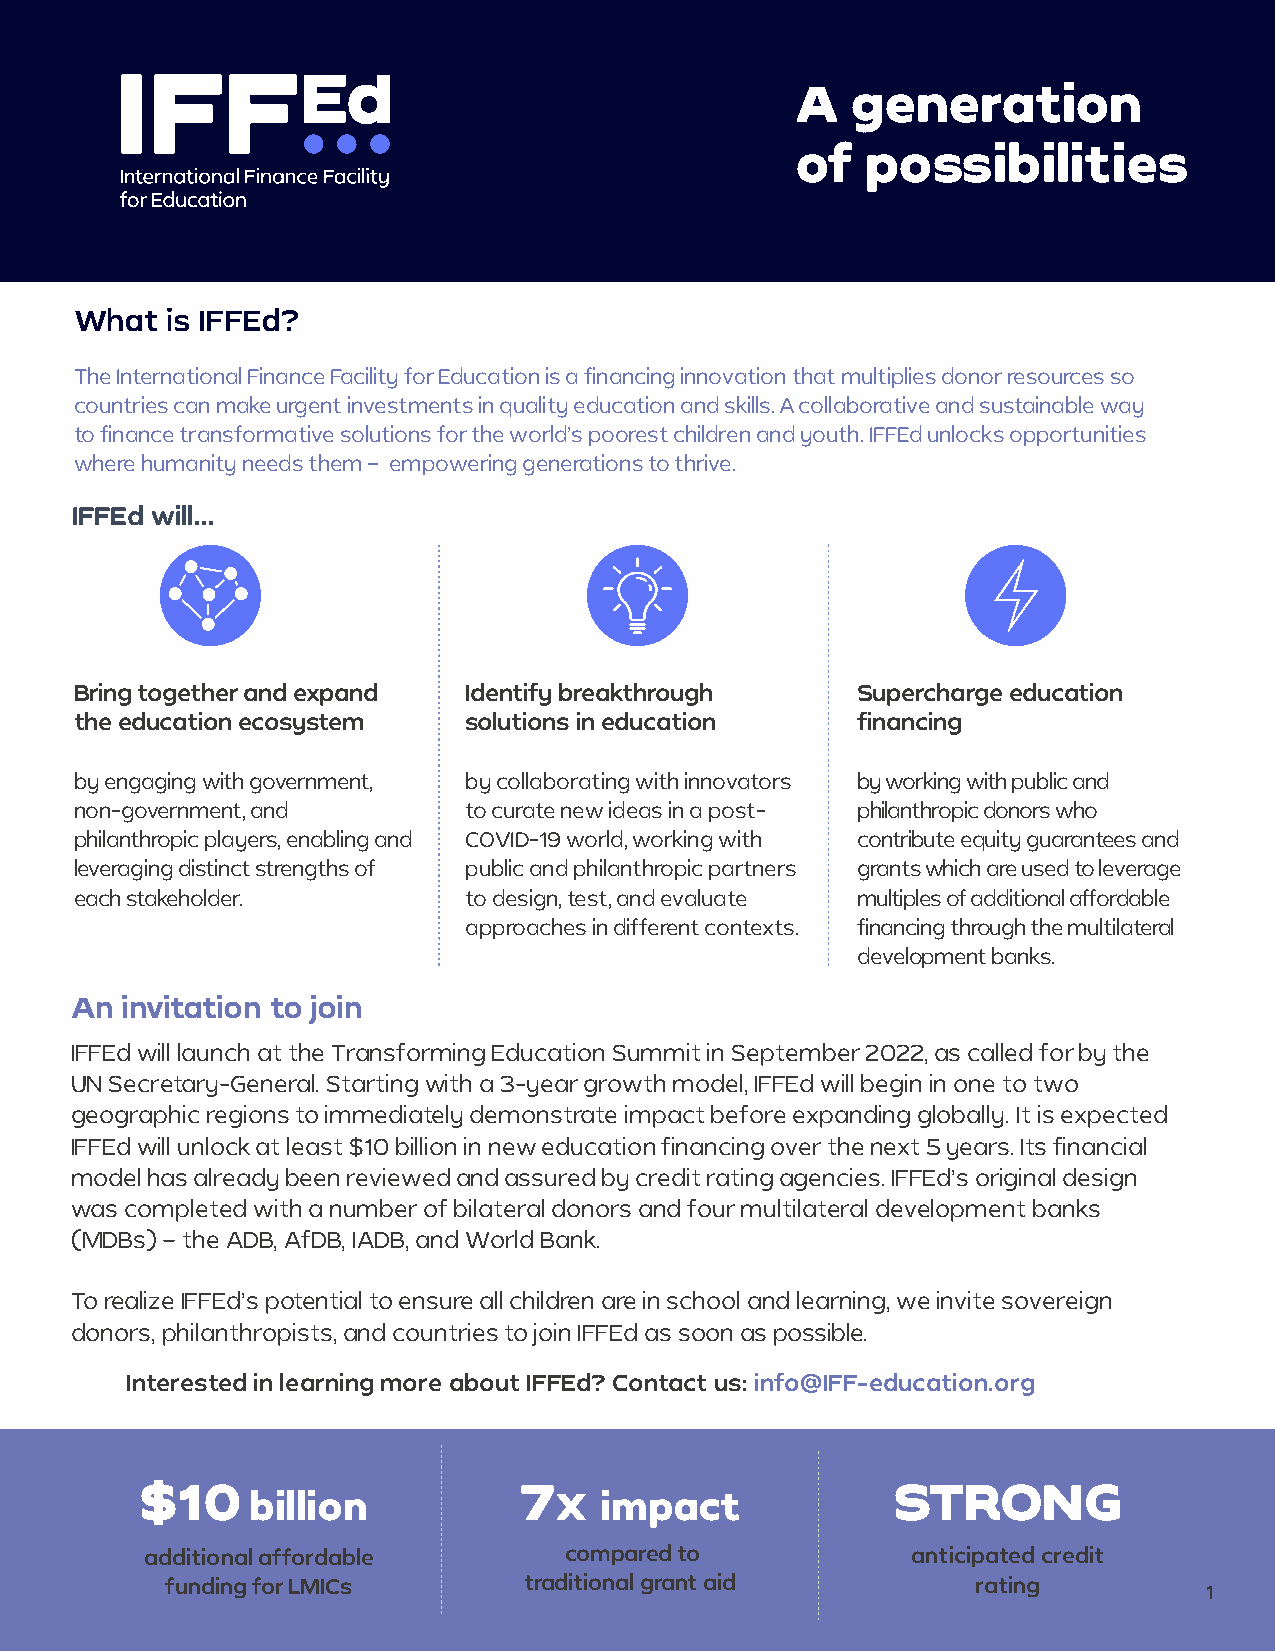
A  generation
 of  possibilities
 What  is IFFEd?
 The International Finance Facility for Education is a financing innovation that multiplies donor resources so
 countries can make urgent investments in quality education and skills.A collaborative and sustainable way
 to finance transformative solutions for the world’s poorest children and youth. IFFEd unlocks opportunities
 where humanity needs them – empowering generations to thrive.
 IFFEd will…
 Bring together and expand Identify breakthrough     Supercharge education
 the education ecosystem   solutions in education    financing
 by engaging with government, by collaborating with innovators by working with public and
 non-government, and       to curate new ideas in a post- philanthropic donors who
 philanthropic players, enabling and COVID-19 world, working with contribute equity guarantees and
 leveraging distinct strengths of public and philanthropic partners grants which are used to leverage
 each stakeholder.         to design, test, and evaluate multiples of additional affordable
 approaches in different contexts. financing through the multilateral
 development banks.
 An invitation to join
 IFFEd will launch at the Transforming Education Summit in September 2022, as called for by the
 UN Secretary-General. Starting with a 3-year growth model, IFFEd will begin in one to two
 geographic regions to immediately demonstrate impact before expanding globally. It is expected
 IFFEd will unlock at least $10 billion in new education financing over the next 5 years. Its financial
 model has already been reviewed and assured by credit rating agencies. IFFEd’s original design
 was completed with a number of bilateral donors and four multilateral development banks
 (MDBs) – the ADB, AfDB, IADB, and World Bank.
 To realize IFFEd’s potential to ensure all children are in school and learning, we invite sovereign
 donors, philanthropists, and countries to join IFFEd as soon as possible.
 Interested in learning more about IFFEd? Contact us: info@IFF-education.org
 $10                      7                        STRONG
 billion              X  impact
 additional affordable      compared to            anticipated credit
 funding for LMICs       traditional grant aid         rating         1